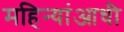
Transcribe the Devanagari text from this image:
महिन्यांआधी